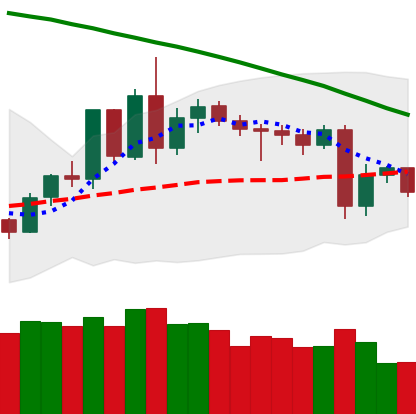
Ticker: LTC-USD
Chart end date: 2020-06-14
Forward return: -3.186%
Label: down_3_5